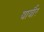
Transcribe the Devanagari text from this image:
बार्बीर